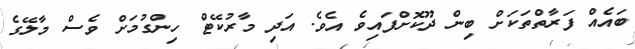
ބައެއް ފަރާތްތަކަށް ބިން ދޫކޮށްފައިވެ އެވެ. އަދި މާރުކޭޓް ހިންގުމަށް ވެސް މާލޭގެ